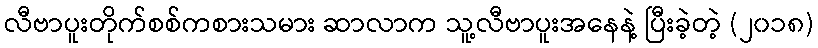
လီဗာပူးတိုက်စစ်ကစားသမား ဆာလာက သူ့လီဗာပူးအနေနဲ့ ပြီးခဲ့တဲ့ (၂၀၁၈)